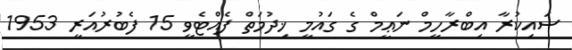
ސައިކުރާ އިބްރާހީމް ނަޢީމް ގެ ގައުމީ ޚިދުމަތް ފެއްޓެވީ 15 ފެބުރުއަރީ 1953